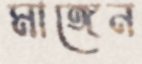
মাঙ্গেন